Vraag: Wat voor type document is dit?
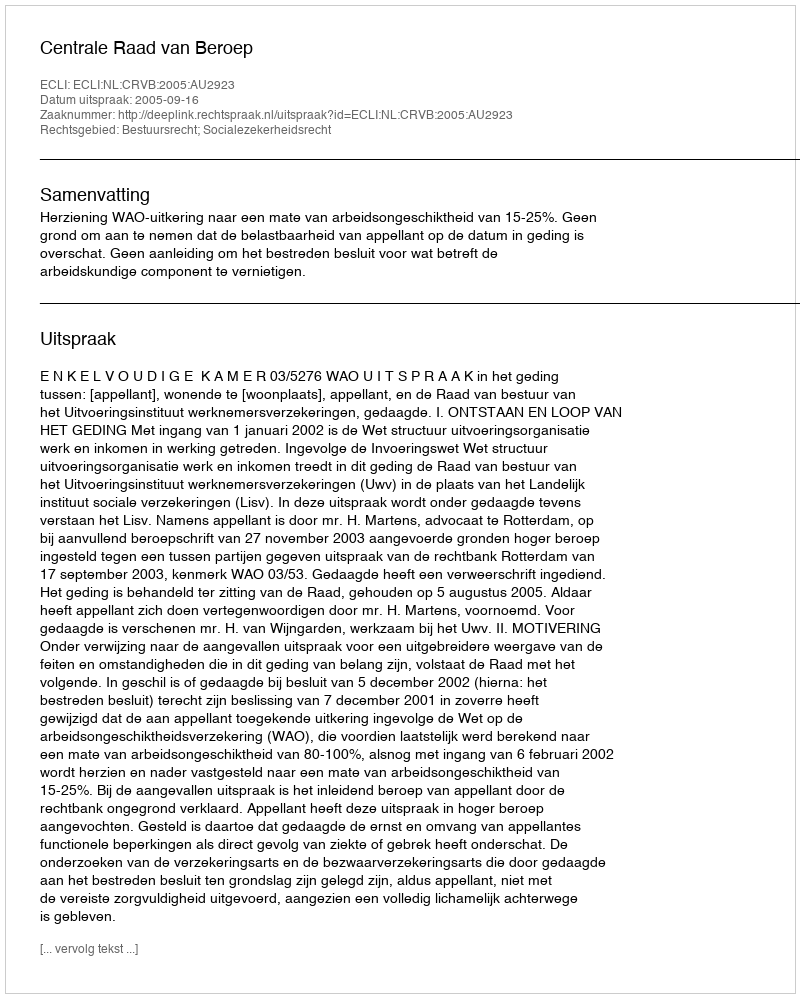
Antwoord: Uitspraak